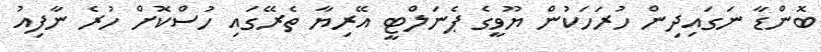
ބޮންޑާ ނަގައިދިން ހުރަހަކުން ޔޫވީގެ ޕެނަލްޓީ އޭރިޔާ ތެރޭގައި ހުސްކޮށް ހުރެ ނާފިއު